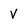
Character: v